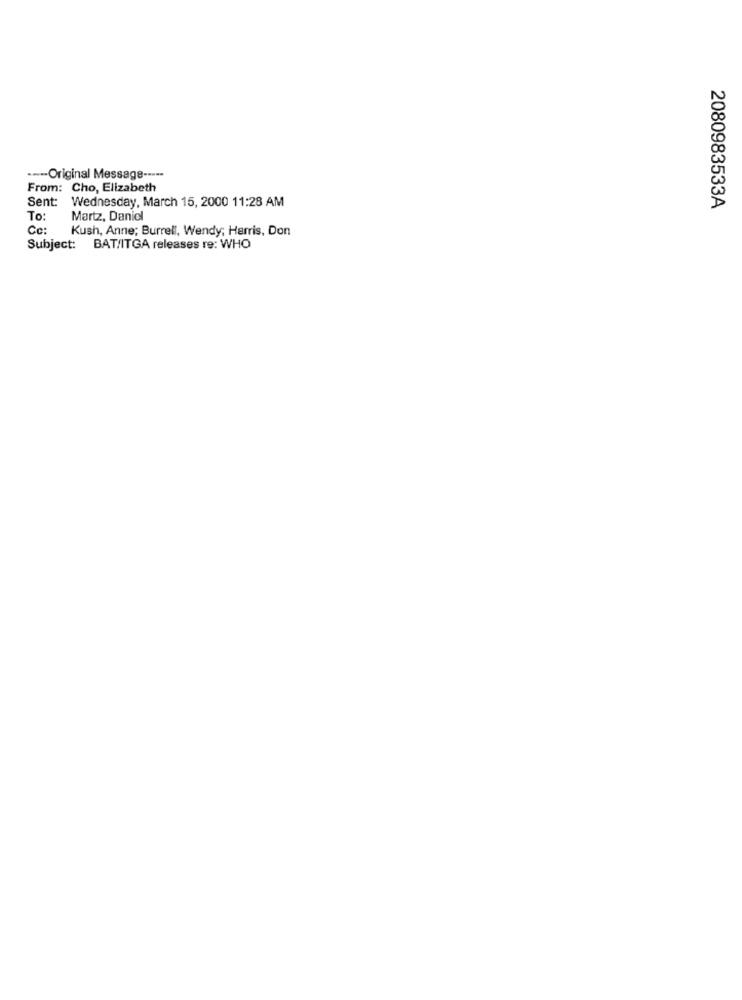
--- Original Message -----
From: Cho, Elizabeth
Sent: Wednesday, March 15, 2000 11:28 AM
2080983533A
To:
Martz, Daniel
Cc:
Kush, Anne; Burrell, Wendy; Harris, Don
Subject: BAT/ITGA releases re: WHO